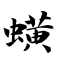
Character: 蟥